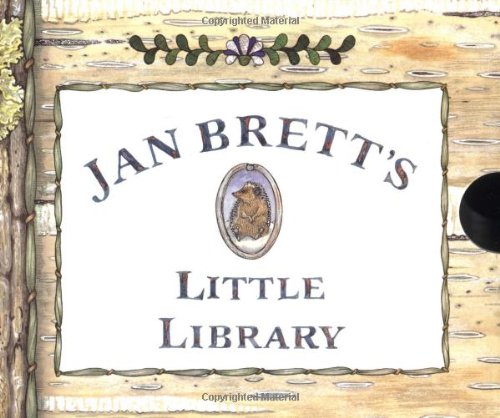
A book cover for Jan Brett's Little Library; Jan Brett; Children's Books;